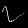
Digit: ၇